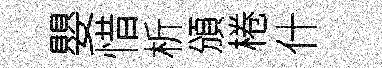
嬰惜析頒棬什